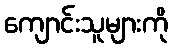
ကျောင်းသူများကို